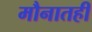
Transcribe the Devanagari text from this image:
मौनातही